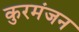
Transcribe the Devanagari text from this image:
कुरमंजन